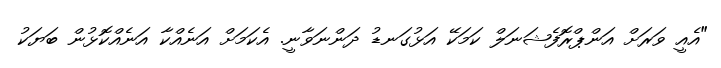
"އެއީ ވަރަށް އަންޕްރޮފެޝަނަލް ކަމަކޭ އަޅުގަނޑު ދަންނަވާނީ. އެކަމަށް އަނެއްކާ އަނެއްކޮޅުން ބަޔަކު